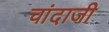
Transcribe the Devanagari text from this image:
चांदाजी